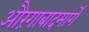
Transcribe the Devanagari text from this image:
औरंगाबादमार्गे